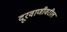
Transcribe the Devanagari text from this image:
दूरवाणीवरील